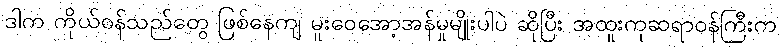
ဒါက ကိုယ်ဝန်သည်တွေ ဖြစ်နေကျ မူးဝေအော့အန်မှုမျိုးပါပဲ ဆိုပြီး အထူးကုဆရာဝန်ကြီးက